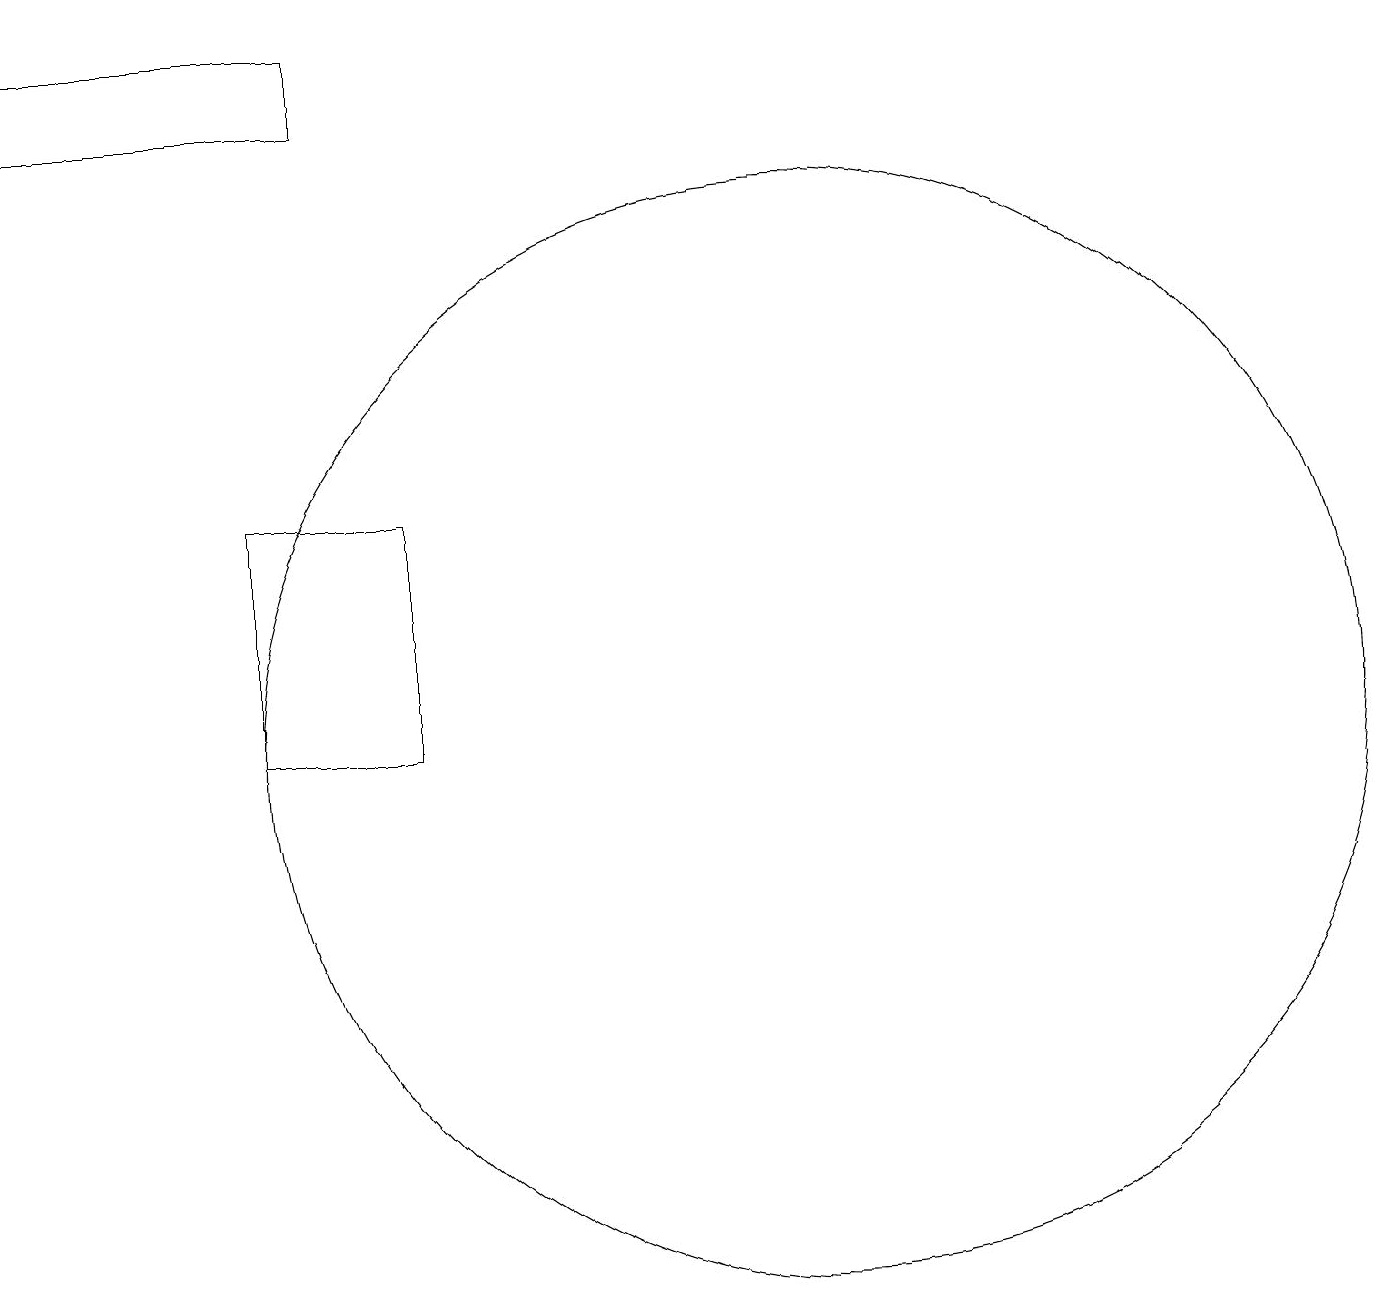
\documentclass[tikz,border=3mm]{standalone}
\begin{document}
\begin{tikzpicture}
\draw (10,10) circle (7);
\draw (0,18) rectangle (4,19);
\draw (5,13) rectangle (3,10);
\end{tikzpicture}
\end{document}